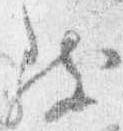
致